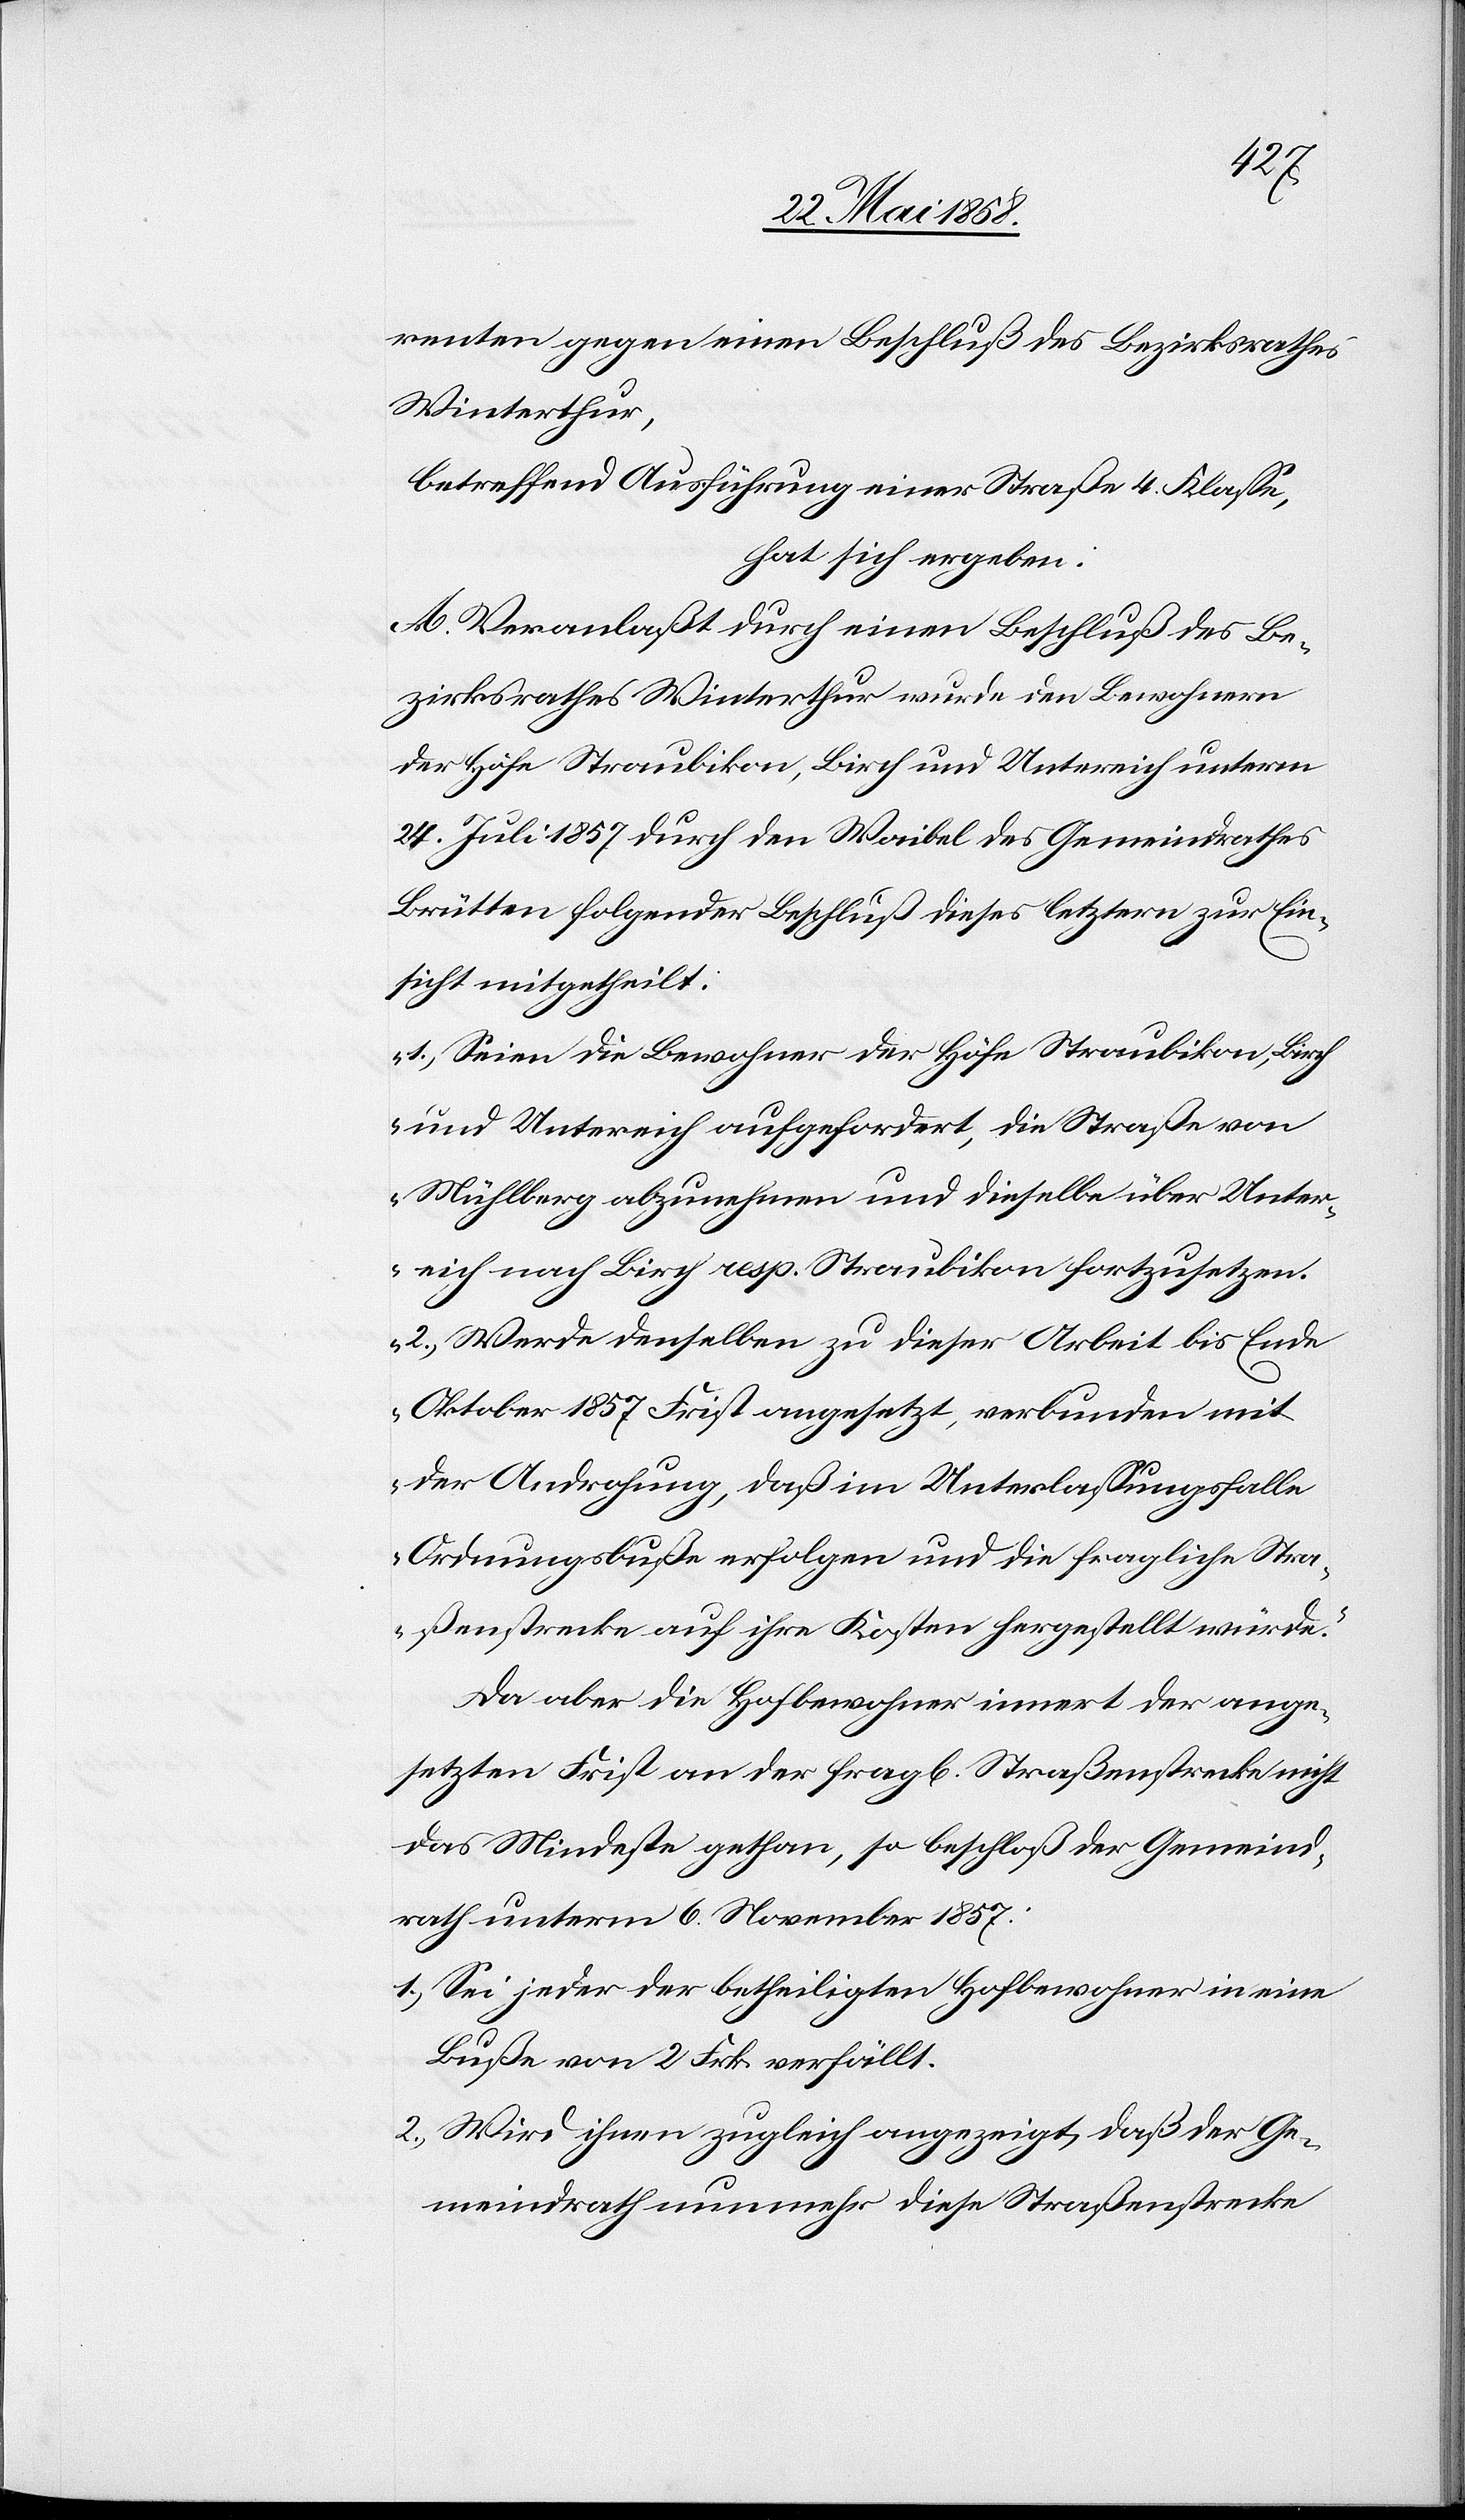
renten gegen einen Beschluß des Bezirksrathes
Winterthur,
betreffend Ausführung einer Straße 4. Klasse,
hat sich ergeben:
A. Veranlaßt durch einen Beschluß des Be¬
zirksrathes Winterthur wurde den Bewohnern
der Höfe Straubikon, Birch und Untereich unterm
24. Juli 1857 durch den Waibel des Gemeindrathes
Brütten folgender Beschluß dieses letztern zur Ein¬
sicht mitgetheilt:
„1.) Seien die Bewohner der Höfe Straubikon, Birch
und Untereich aufgefordert, die Straße von
Mühlberg abzunehmen und dieselbe über Unter¬
eich nach Birch resp. Straubikon fortzusetzen.
2.) Werde denselben zu dieser Arbeit bis Ende
Oktober 1857 Frist angesetzt, verbunden mit
der Androhung, daß im Unterlassungsfalle
Ordnungsbuße erfolgen und die fragliche Stra¬
ßenstrecke auf ihre Kosten hergestellt würde.“
Da aber die Hofbewohner innert der ange¬
setzten Frist an der frag[lichen] Straßenstrecke nicht
das Mindeste gethan, so beschloß der Gemeind¬
rath unterm 6. November 1857:
1.) Sei jeder der betheiligten Hofbewohner in eine
Buße von 2 Frk. verfällt.
2.) Wird ihnen zugleich angezeigt, daß der Ge¬
meindrath nunmehr diese Straßenstrecke